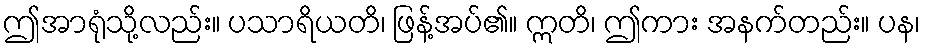
ဤအာရုံသို့လည်း။ ပသာရိယတိ၊ ဖြန့်အပ်၏။ ဣတိ၊ ဤကား အနက်တည်း။ ပန၊